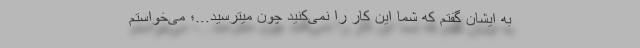
به ایشان گفتم که شما این کار را نمی‌کنید چون میترسید...؛ می‌خواستم